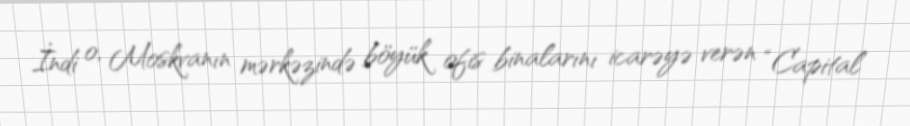
İndi o, Moskvanın mərkəzində böyük ofis binalarını icarəyə verən “Capital